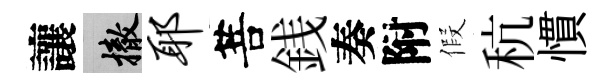
讓撤耶菩銭奏附假秔慣